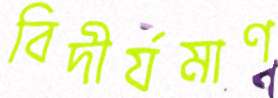
বিদীর্যমাণ